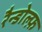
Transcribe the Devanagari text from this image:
रैन्डोल्फ़